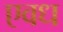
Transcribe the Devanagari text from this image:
एवध